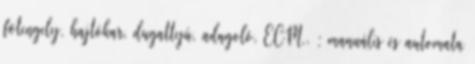
fõtengely, hajtókar, dugattyú, adagoló, ECM,. ; manuális és automata